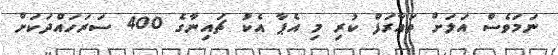
ނަމަވެސް އަލަށް ތައާރަފް ކުރި މި އެޕާ އެކު ޗައިނާގެ 400 ސަރަހައްދަކަށް